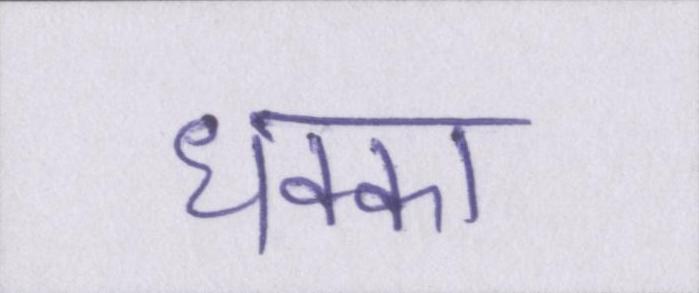
धक्का